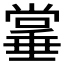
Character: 𫵌